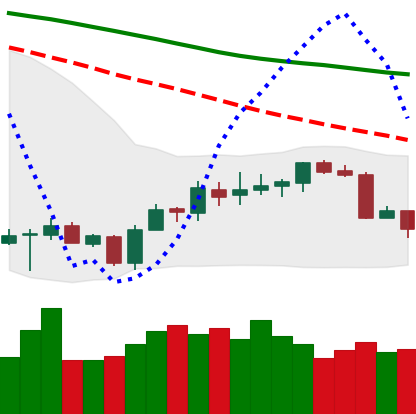
Ticker: BTC-USD
Chart end date: 2018-07-12
Forward return: 17.535%
Label: up_7plus